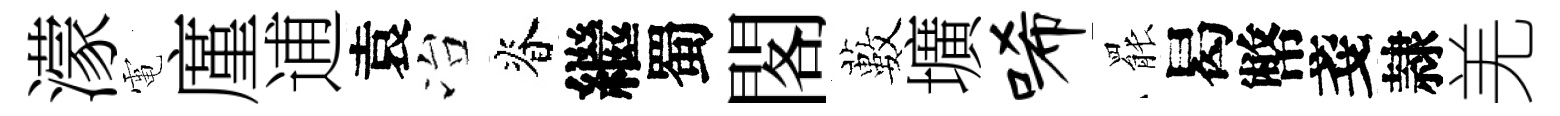
濛電廑逋袁冶脊繼蜀閣藪壙唏罷曷幣戔隷羌